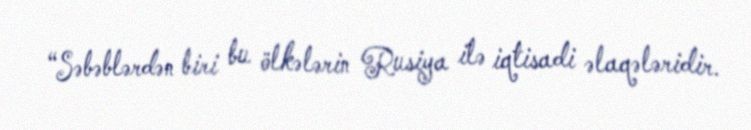
“Səbəblərdən biri bu ölkələrin Rusiya ilə iqtisadi əlaqələridir.